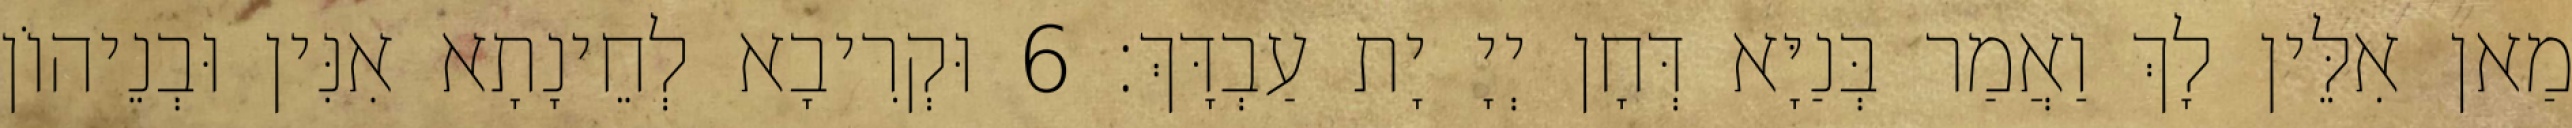
מַאן אִלֵּין לָךְ וַאֲמַר בְּנַיָּא דְּחָן יְיָ יָת עַבְדָּךְ׃ 6 וּקְרִיבָא לְחֵינָתָא אִנִּין וּבְנֵיהוֹן